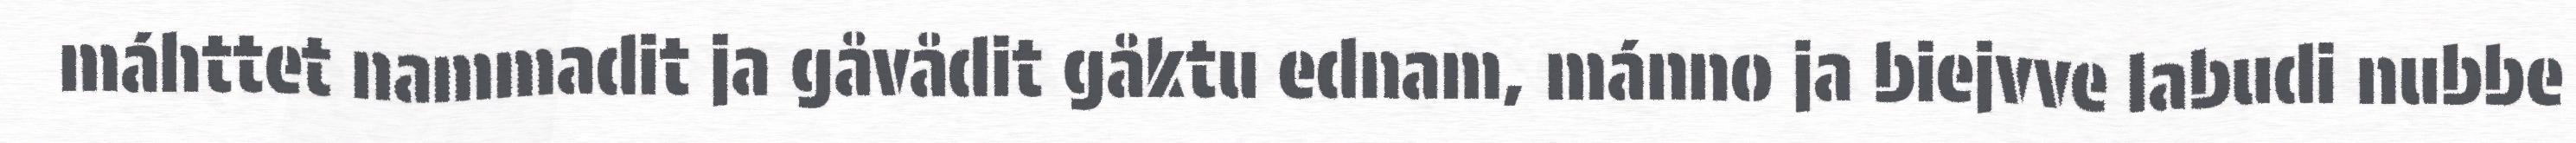
máhttet nammadit ja gåvådit gåktu ednam, mánno ja biejvve labudi nubbe